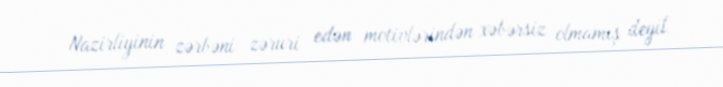
Nazirliyinin zərbəni zəruri edən motivlərindən xəbərsiz olmamış deyil.